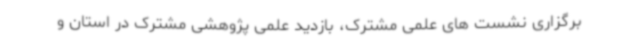
برگزاری نشست های علمی مشترک، بازدید علمی پژوهشی مشترک در استان و